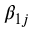
\beta _ { 1 j }